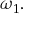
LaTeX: \omega _ { 1 } .